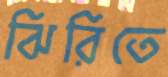
ঝিরিতে